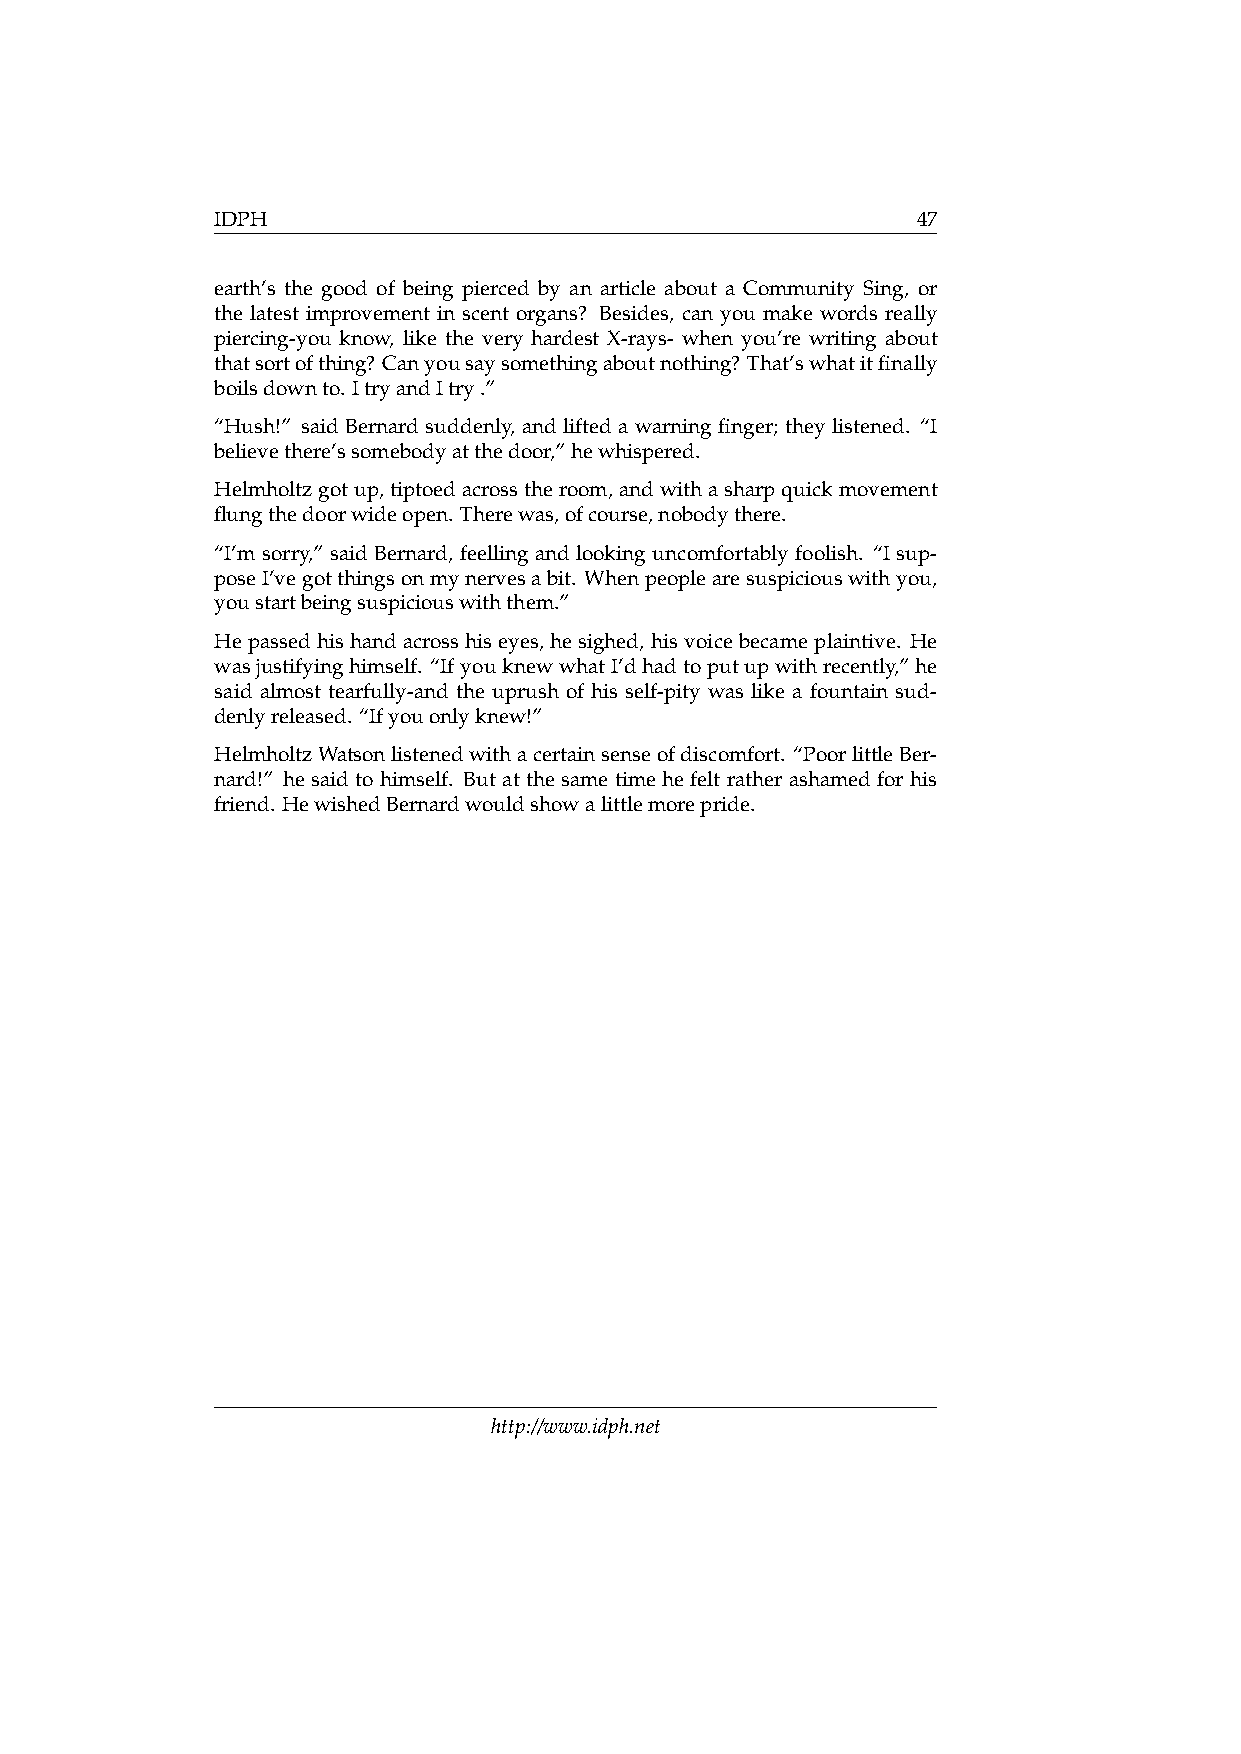
IDPH                                           47
 earth’s the good of being pierced by an article about a Community Sing, or
 the latest improvement in scent organs? Besides, can you make words really
 piercing-you know, like the very hardest X-rays- when you’re writing about
 thatsortofthing? Canyousaysomethingaboutnothing? That’swhatitfinally
 boilsdownto. ItryandItry.”
 “Hush!” said Bernard suddenly, and lifted a warning finger; they listened. “I
 believethere’ssomebodyatthedoor,”hewhispered.
 Helmholtzgotup,tiptoedacrosstheroom,andwithasharpquickmovement
 flungthedoorwideopen. Therewas,ofcourse,nobodythere.
 “I’m sorry,” said Bernard, feelling and looking uncomfortably foolish. “I sup-
 poseI’vegotthingsonmynervesabit. Whenpeoplearesuspiciouswithyou,
 youstartbeingsuspiciouswiththem.”
 Hepassedhishandacrosshiseyes, hesighed, hisvoicebecameplaintive. He
 wasjustifyinghimself. “IfyouknewwhatI’dhadtoputupwithrecently,”he
 said almost tearfully-and the uprush of his self-pity was like a fountain sud-
 denlyreleased. “Ifyouonlyknew!”
 HelmholtzWatsonlistenedwithacertainsenseofdiscomfort. “PoorlittleBer-
 nard!” he said to himself. But at the same time he felt rather ashamed for his
 friend. HewishedBernardwouldshowalittlemorepride.
 http://www.idph.net